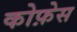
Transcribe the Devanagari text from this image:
कोफ़ेस